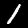
Digit: 1